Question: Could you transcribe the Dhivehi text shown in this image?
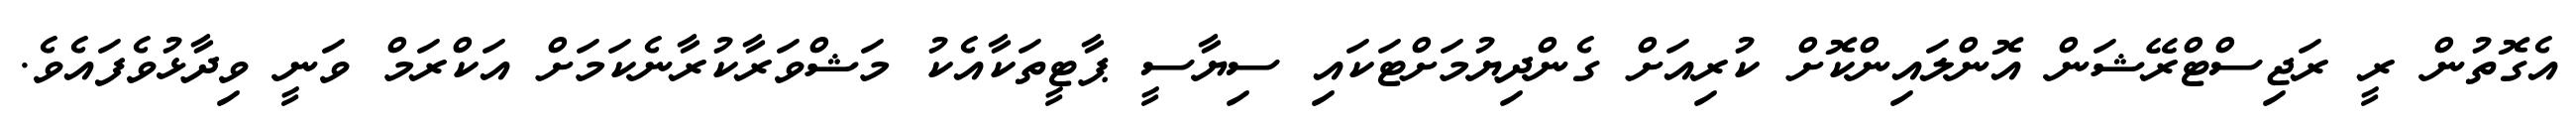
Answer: އެގޮތުން ރީ ރަޖިސްޓްރޭޝަން އޮންލައިންކޮށް ކުރިއަށް ގެންދިޔުމަށްޓަކައި ސިޔާސީ ޕާޓީތަކާއެކު މަޝްވަރާކުރާނެކަމަށް އަކްރަމް ވަނީ ވިދާޅުވެފައެވެ.